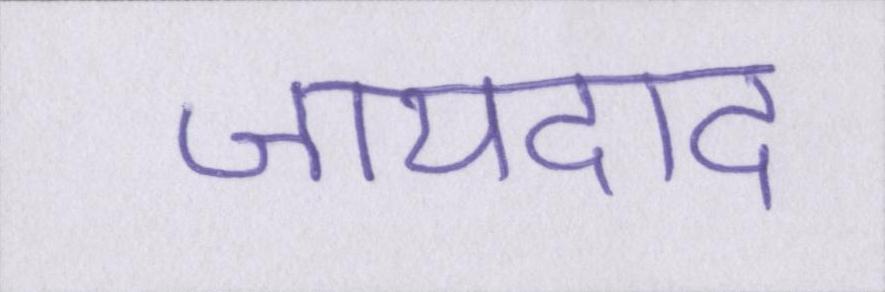
जायदाद